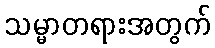
သမ္မာတရားအတွက်